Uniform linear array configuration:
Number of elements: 16
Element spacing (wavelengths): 0.75
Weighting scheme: binomial
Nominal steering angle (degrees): -15
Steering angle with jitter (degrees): -16.939
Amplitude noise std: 0.05
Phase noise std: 0.05

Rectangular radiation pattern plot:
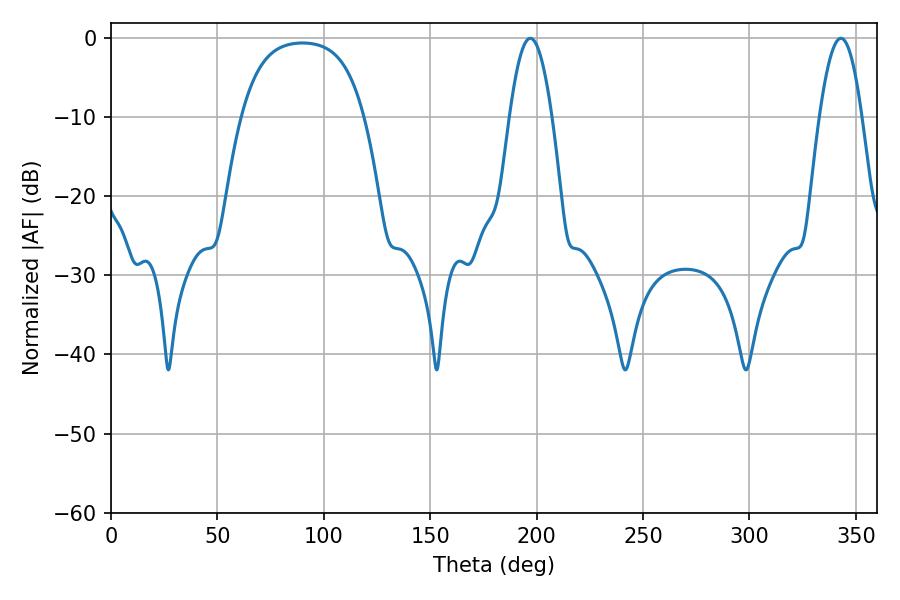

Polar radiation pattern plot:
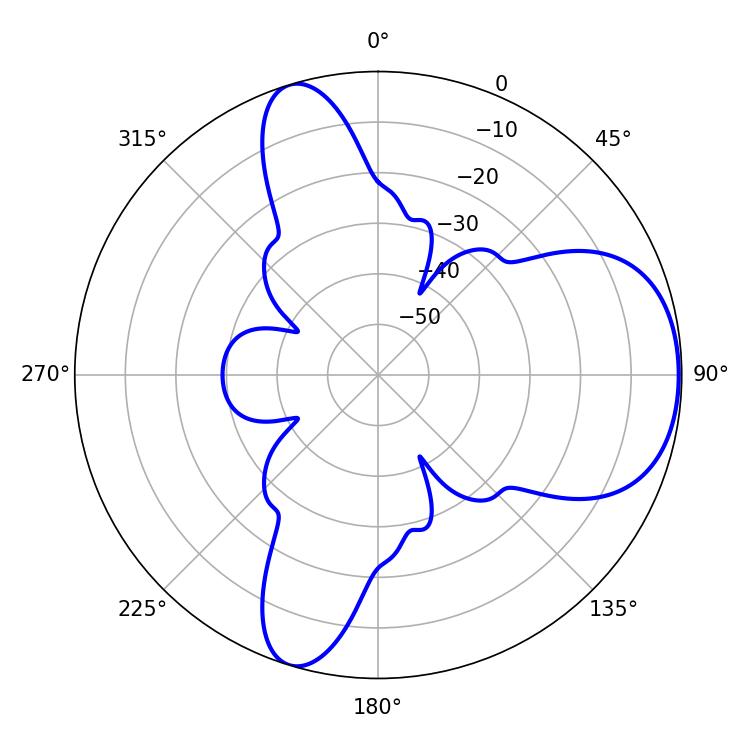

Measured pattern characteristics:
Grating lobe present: TRUE
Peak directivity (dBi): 6.373
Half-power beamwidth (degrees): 10.8
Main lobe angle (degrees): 197.1